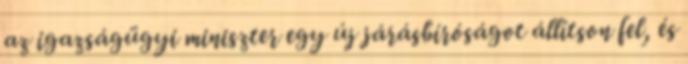
az igazságügyi miniszter egy új járásbíróságot állítson fel, és